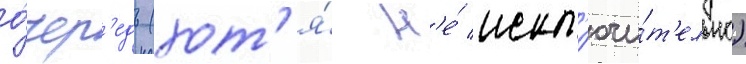
о́чер'едь (хот'я́ н'е́ искл'ючи́т'ельно)